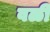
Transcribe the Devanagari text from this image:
वळी